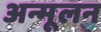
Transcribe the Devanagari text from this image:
अन्मूलन